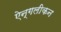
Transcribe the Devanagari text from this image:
ऐन्गलीकन